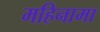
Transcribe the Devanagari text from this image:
महिनामा